Civil Veterinary Dept. Bombay admin report 1932-41 - 1932-1941
Year: 1932
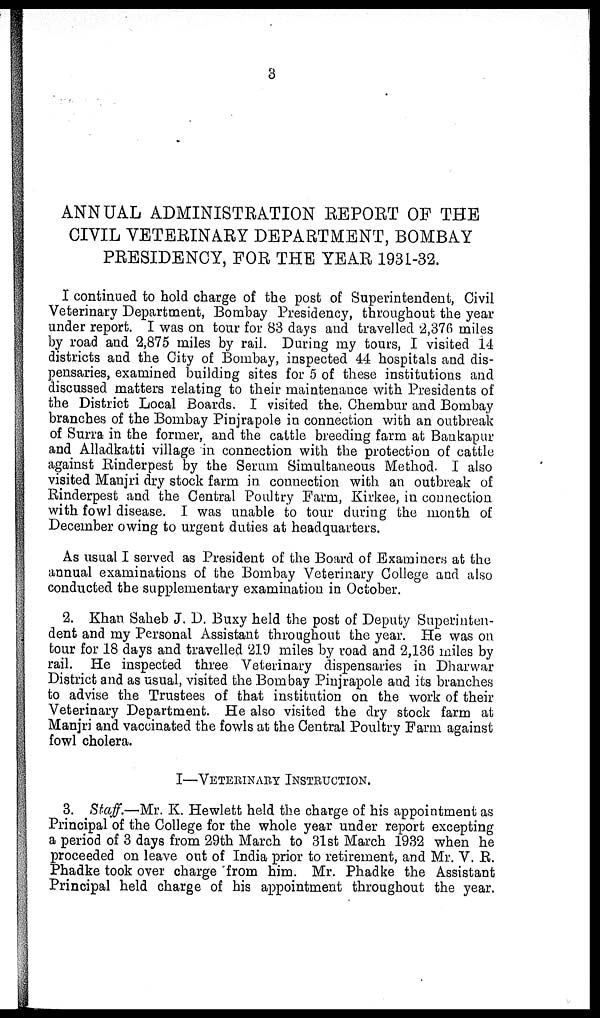
3
ANNUAL ADMINISTRATION REPORT OF THE
CIVIL VETERINARY DEPARTMENT, BOMBAY
PRESIDENCY, FOR THE YEAR 1931-32.
I continued to hold charge of the post of Superintendent, Civil
Veterinary Department, Bombay Presidency, throughout the year
under report. I was on tour for 83 days and travelled 2,376 miles
by road and 2,875 miles by rail. During my tours, I visited 14
districts and the City of Bombay, inspected 44 hospitals and dis-
pensaries, examined building sites for 5 of these institutions and
discussed matters relating to their maintenance with Presidents of
the District Local Boards. I visited the. Chembur and Bombay
branches of the Bombay Pinjrapole in connection with an outbreak
of Surra in the former, and the cattle breeding farm at Bankapur
and Alladkatti village in connection with the protection of cattle
against Rinderpest by the Serum Simultaneous Method. I also
visited Manjri dry stock farm in connection with an outbreak of
Rinderpest and the Central Poultry Farm, Kirkee, in connection
with fowl disease. I was unable to tour during the month of
December owing to urgent duties at headquarters.
As usual I served as President of the Board of Examiners at the
annual examinations of the Bombay Veterinary College and also
conducted the supplementary examination in October.
2. Khan Saheb J. D. Buxy held the post of Deputy Superinten-
dent and my Personal Assistant throughout the year. He was on
tour for 18 days and travelled 219 miles by road and 2,136 miles by
rail. He inspected three Veterinary dispensaries in Dharwar
District and as usual, visited the Bombay Pinjrapole and its branches
to advise the Trustees of that institution on the work of their
Veterinary Department. He also visited the dry stock farm at
Manjri and vaccinated the fowls at the Central Poultry Farm against
fowl cholera.
I—VETERINARY INSTRUCTION.
3. Staff.—Mr. K. Hewlett held the charge of his appointment as
Principal of the College for the whole year under report excepting
a period of 3 days from 29th March to 31st March 1932 when he
proceeded on leave out of India prior to retirement, and Mr. V. R.
Phadke took over charge from him. Mr. Phadke the Assistant
Principal held charge of his appointment throughout the year.